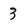
Character: 3